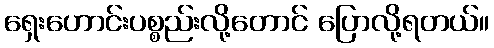
ရှေးဟောင်းပစ္စည်းလို့တောင် ပြောလို့ရတယ်။